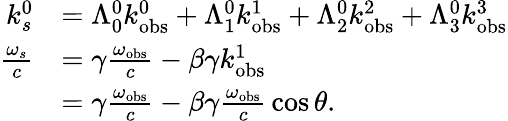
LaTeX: {\begin{array}{rl}{k_{s}^{0}}&{=\Lambda_{0}^{0}k_{\mathrm{obs}}^{0}+\Lambda_{1}^{0}k_{\mathrm{obs}}^{1}+\Lambda_{2}^{0}k_{\mathrm{obs}}^{2}+\Lambda_{3}^{0}k_{\mathrm{obs}}^{3}}\\ {{\frac{\omega_{s}}{c}}}&{=\gamma{\frac{\omega_{\mathrm{obs}}}{c}}-\beta\gamma k_{\mathrm{obs}}^{1}}\\ &{=\gamma{\frac{\omega_{\mathrm{obs}}}{c}}-\beta\gamma{\frac{\omega_{\mathrm{obs}}}{c}}\cos\theta.}\end{array}}